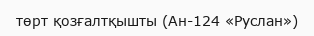
төрт қозғалтқышты (Ан-124 «Руслан»)